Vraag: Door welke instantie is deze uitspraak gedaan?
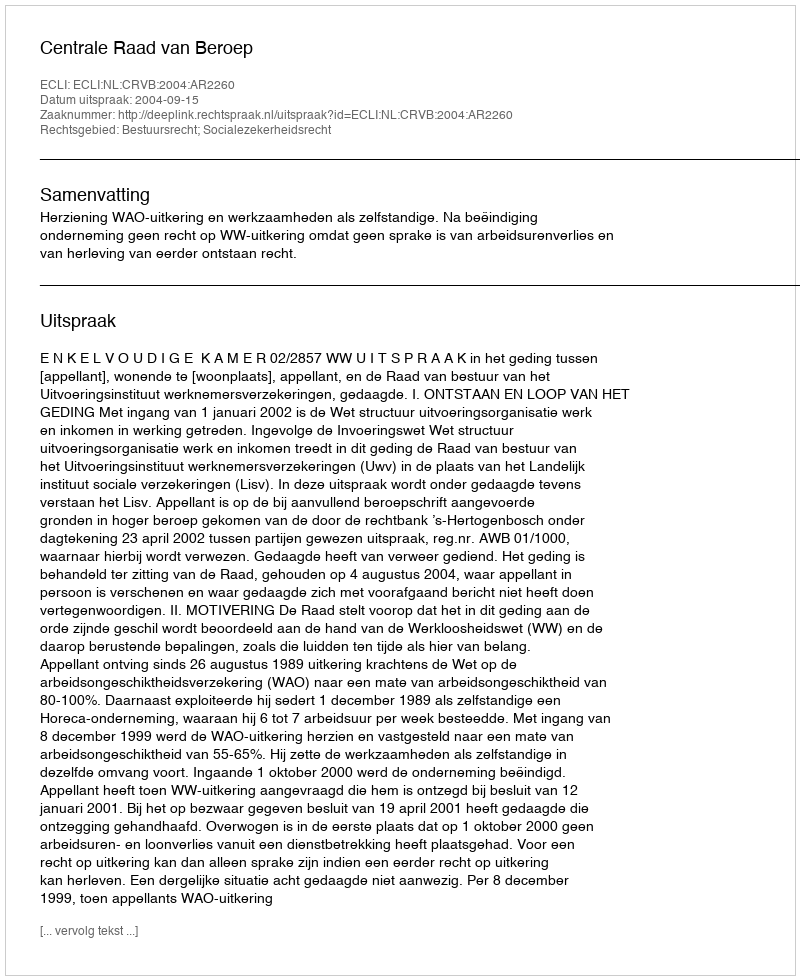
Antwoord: Centrale Raad van Beroep